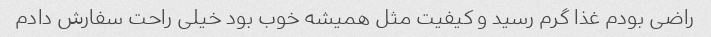
راضی بودم غذا گرم رسید و کیفیت مثل همیشه خوب بود خیلی راحت سفارش دادم